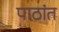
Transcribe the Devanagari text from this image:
पाठांत